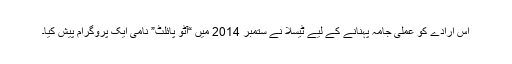
اس ارادے کو عملی جامہ پہنانے کے لیے ٹیسلا نے ستمبر 2014 میں “آٹو پائلٹ” نامی ایک پروگرام پیش کیا۔